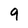
Character: 9